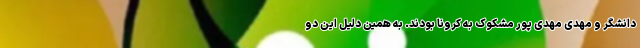
دانشگر و مهدی مهدی پور مشکوک به کرونا بودند. به همین دلیل این دو